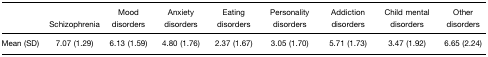
<table><thead><tr><td></td><td><b>Schizophrenia</b></td><td><b>Mood disorders</b></td><td><b>Anxiety disorders</b></td><td><b>Eating disorders</b></td><td><b>Personality disorders</b></td><td><b>Addiction disorders</b></td><td><b>Child mental disorders</b></td><td><b>Other disorders</b></td></tr></thead><tbody><tr><td>Mean (SD)</td><td>7.07 (1.29)</td><td>6.13 (1.59)</td><td>4.80 (1.76)</td><td>2.37 (1.67)</td><td>3.05 (1.70)</td><td>5.71 (1.73)</td><td>3.47 (1.92)</td><td>6.65 (2.24)</td></tr></tbody></table>